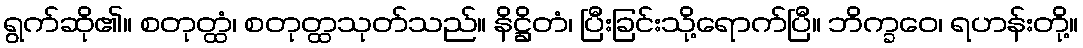
ရွက်ဆို၏။ စတုတ္ထံ၊ စတုတ္ထသုတ်သည်။ နိဋ္ဌိတံ၊ ပြီးခြင်းသို့ရောက်ပြီ။ ဘိက္ခဝေ၊ ရဟန်းတို့။